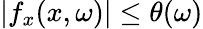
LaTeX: |f_{x}(x,\omega)|\leq\theta(\omega)